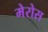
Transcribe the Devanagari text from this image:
मेरोस